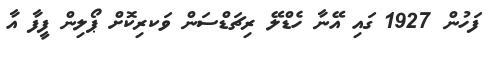
ފަހުން 1927 ގައި އޭނާ ހެޑްލޭ ރިޗަޑްސަން ވަކރިކޮށް ޕޯލިން ފީފާ އާ